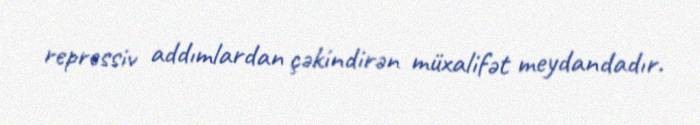
repressiv addımlardan çəkindirən müxalifət meydandadır.